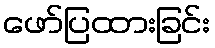
ဖော်ပြထားခြင်း